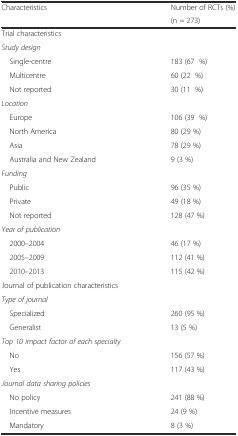
<table><thead><tr><td rowspan="2"><b>Characteristics</b></td><td><b>Number of RCTs (%)</b></td></tr><tr><td><b>(n = 273)</b></td></tr></thead><tbody><tr><td>Trial characteristics</td><td></td></tr><tr><td><i>Study design</i></td><td></td></tr><tr><td> Single-centre</td><td>183 (67 %)</td></tr><tr><td> Multicentre</td><td>60 (22 %)</td></tr><tr><td> Not reported</td><td>30 (11 %)</td></tr><tr><td><i>Location</i></td><td></td></tr><tr><td> Europe</td><td>106 (39 %)</td></tr><tr><td> North America</td><td>80 (29 %)</td></tr><tr><td> Asia</td><td>78 (29 %)</td></tr><tr><td> Australia and New Zealand</td><td>9 (3 %)</td></tr><tr><td><i>Funding</i></td><td></td></tr><tr><td> Public</td><td>96 (35 %)</td></tr><tr><td> Private</td><td>49 (18 %)</td></tr><tr><td> Not reported</td><td>128 (47 %)</td></tr><tr><td><i>Year of publication</i></td><td></td></tr><tr><td> 2000–2004</td><td>46 (17 %)</td></tr><tr><td> 2005–2009</td><td>112 (41 %)</td></tr><tr><td> 2010–2013</td><td>115 (42 %)</td></tr><tr><td>Journal of publication characteristics</td><td></td></tr><tr><td><i>Type of journal</i></td><td></td></tr><tr><td> Specialized</td><td>260 (95 %)</td></tr><tr><td> Generalist</td><td>13 (5 %)</td></tr><tr><td><i>Top 10 impact factor of each specialty</i></td><td></td></tr><tr><td> No</td><td>156 (57 %)</td></tr><tr><td> Yes</td><td>117 (43 %)</td></tr><tr><td><i>Journal data sharing policies</i></td><td></td></tr><tr><td> No policy</td><td>241 (88 %)</td></tr><tr><td> Incentive measures</td><td>24 (9 %)</td></tr><tr><td> Mandatory</td><td>8 (3 %)</td></tr></tbody></table>